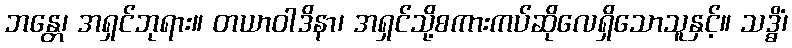
ဘန္တေ၊ အရှင်ဘုရား။ တယာဝါဒိနာ၊ အရှင်သို့စကားကပ်ဆိုလေရှိသောသူနှင့်။ သဒ္ဓိံ၊